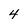
Character: 4